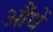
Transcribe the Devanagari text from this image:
औंधें